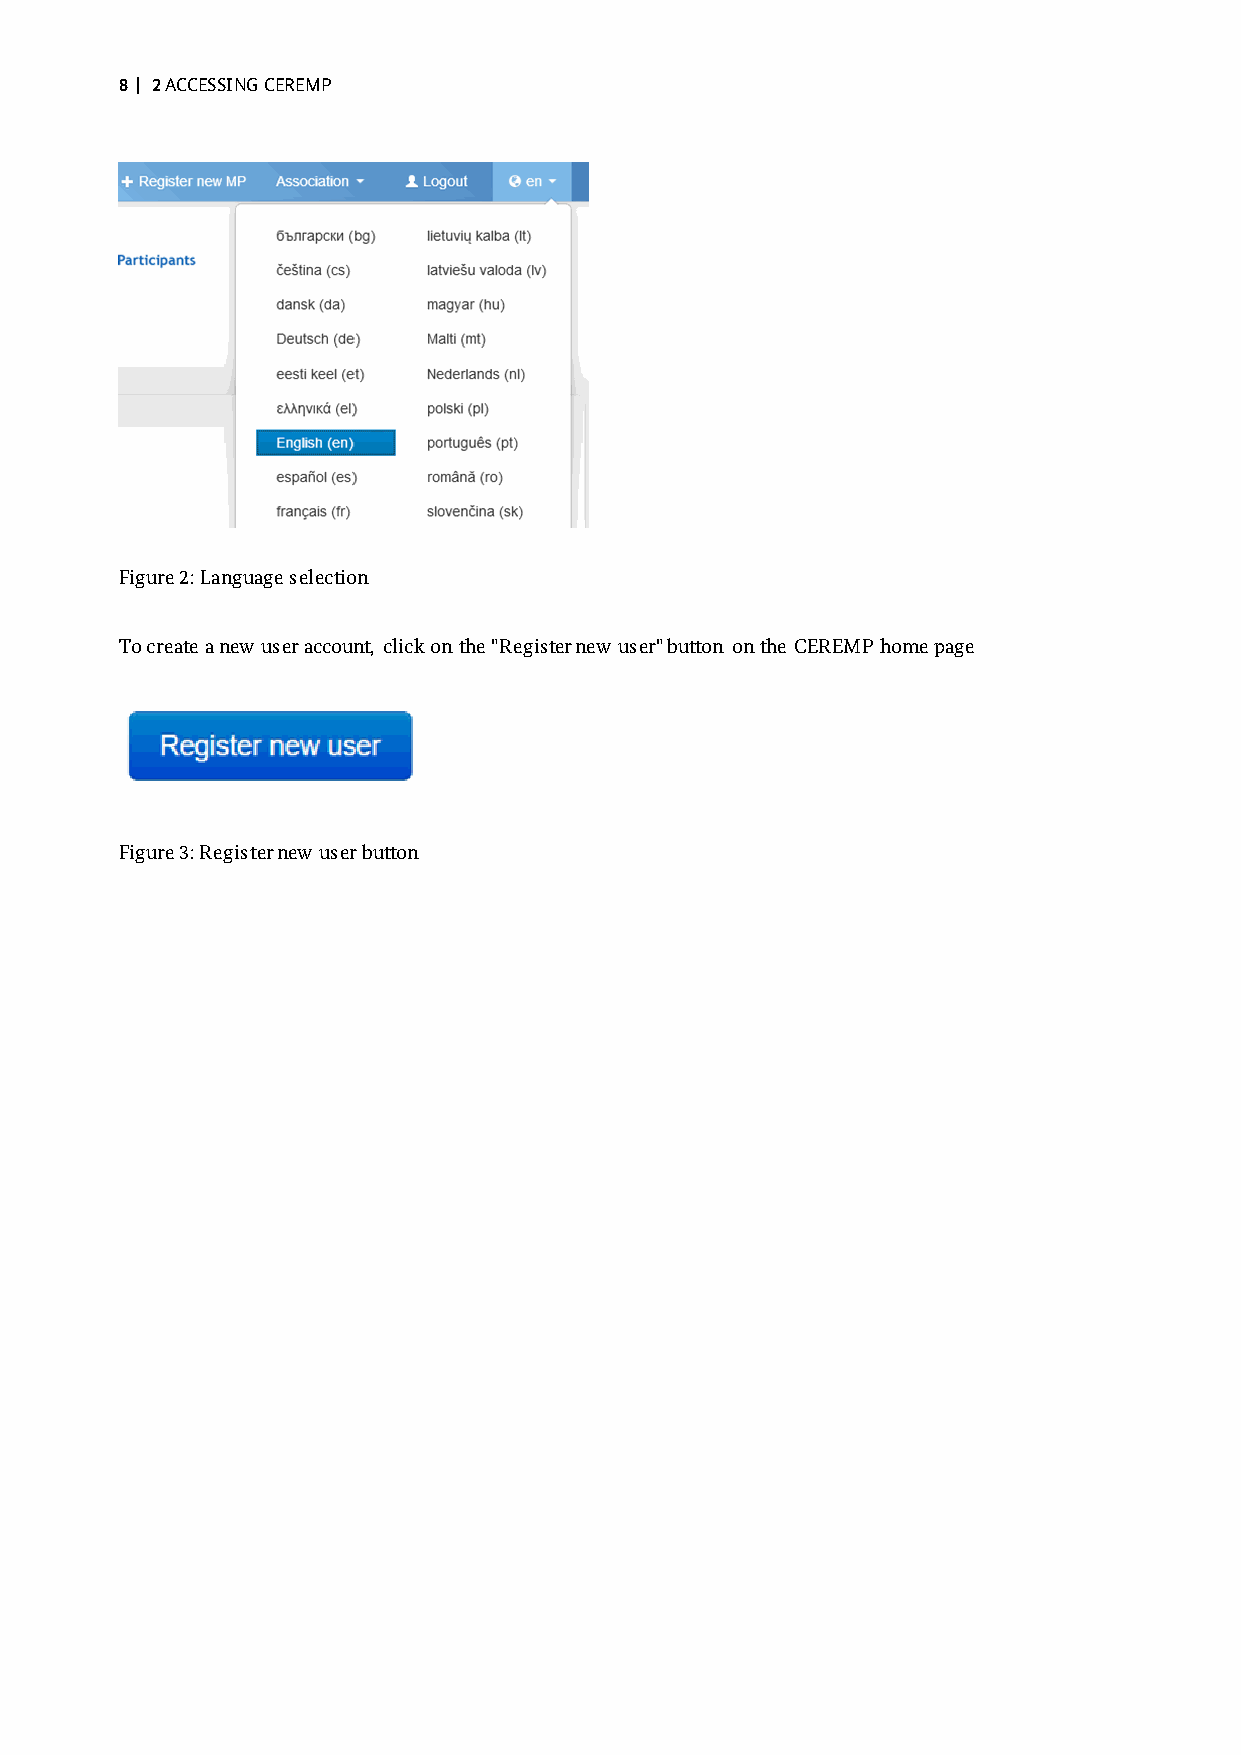
8 | 2 ACCESSING CEREMP
 Figure 2: Language selection
 To create a new user account, click on the "Register new user" button on the CEREMP home page
 Figure 3: Register new user button